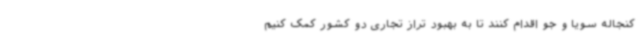
کنجاله سویا و جو اقدام کنند تا به بهبود تراز تجاری دو کشور کمک کنیم